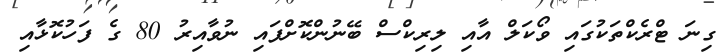
ގިނަ ޓްރެކްތަކުގައި ވޯކަލް އާއި ލިރިކްސް ބޭނުންކޮށްފައި ނުވާއިރު 80 ގެ ފަހުކޮޅާއި